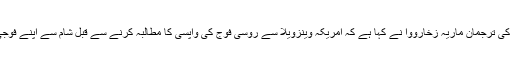
روس وزارتِ خارجہ کی ترجمان ماریہ زخارووا نے کہا ہے کہ امریکہ وینزویلا سے روسی فوج کی واپسی کا مطالبہ کرنے سے قبل شام سے اپنے فوجی دستے واپس بلائے۔